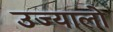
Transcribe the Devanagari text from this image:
उज्यालो